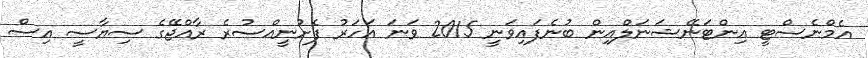
އެމްނެސްޓީ އިންޓަނޭޝަނަލްއިން ބުނެފައިވަނީ 2015 ވަނަ އަހަރު ފެށުނީއްސުރެ ރާއްޖޭގެ ސިޔާސީ އިސް